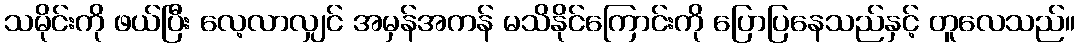
သမိုင်းကို ဖယ်ပြီး လေ့လာလျှင် အမှန်အကန် မသိနိုင်ကြောင်းကို ပြောပြနေသည်နှင့် တူလေသည်။